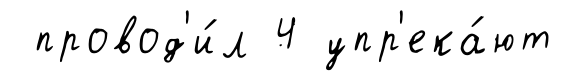
провод'и́л 4 упр'ека́ют